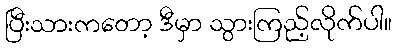
ပြီးသားကတော့ ဒီမှာ သွားကြည့်လိုက်ပါ။